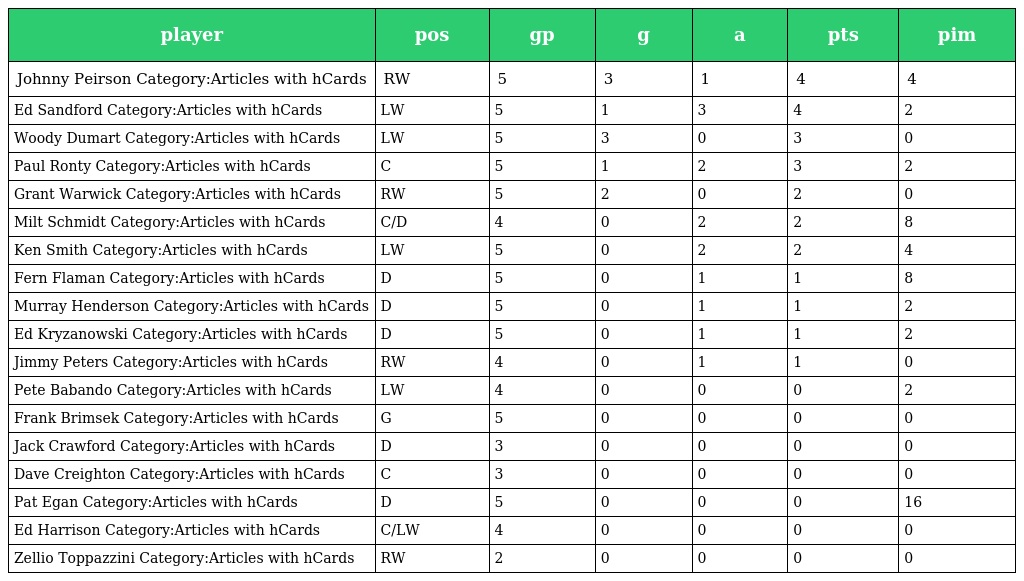
| player | pos | gp | g | a | pts | pim |
 | --- | --- | --- | --- | --- | --- | --- |
 | Johnny Peirson Category:Articles with hCards | RW | 5 | 3 | 1 | 4 | 4 |
 | Ed Sandford Category:Articles with hCards | LW | 5 | 1 | 3 | 4 | 2 |
 | Woody Dumart Category:Articles with hCards | LW | 5 | 3 | 0 | 3 | 0 |
 | Paul Ronty Category:Articles with hCards | C | 5 | 1 | 2 | 3 | 2 |
 | Grant Warwick Category:Articles with hCards | RW | 5 | 2 | 0 | 2 | 0 |
 | Milt Schmidt Category:Articles with hCards | C/D | 4 | 0 | 2 | 2 | 8 |
 | Ken Smith Category:Articles with hCards | LW | 5 | 0 | 2 | 2 | 4 |
 | Fern Flaman Category:Articles with hCards | D | 5 | 0 | 1 | 1 | 8 |
 | Murray Henderson Category:Articles with hCards | D | 5 | 0 | 1 | 1 | 2 |
 | Ed Kryzanowski Category:Articles with hCards | D | 5 | 0 | 1 | 1 | 2 |
 | Jimmy Peters Category:Articles with hCards | RW | 4 | 0 | 1 | 1 | 0 |
 | Pete Babando Category:Articles with hCards | LW | 4 | 0 | 0 | 0 | 2 |
 | Frank Brimsek Category:Articles with hCards | G | 5 | 0 | 0 | 0 | 0 |
 | Jack Crawford Category:Articles with hCards | D | 3 | 0 | 0 | 0 | 0 |
 | Dave Creighton Category:Articles with hCards | C | 3 | 0 | 0 | 0 | 0 |
 | Pat Egan Category:Articles with hCards | D | 5 | 0 | 0 | 0 | 16 |
 | Ed Harrison Category:Articles with hCards | C/LW | 4 | 0 | 0 | 0 | 0 |
 | Zellio Toppazzini Category:Articles with hCards | RW | 2 | 0 | 0 | 0 | 0 |